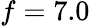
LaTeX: f=7.0